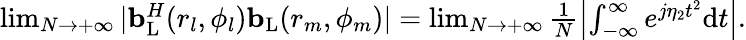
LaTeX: \begin{array}{r}{\operatorname*{lim}_{N\to+\infty}|{\mathbf{b}}_{\mathrm{{L}}}^{H}(r_{l},\phi_{l}){\mathbf{b}}_{\mathrm{L}}(r_{m},\phi_{m})|=\operatorname*{lim}_{N\to+\infty}\frac{1}{N}\left|\int_{-\infty}^{\infty}e^{j\eta_{2}t^{2}}\mathrm{{d}}t\right|.}\end{array}